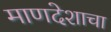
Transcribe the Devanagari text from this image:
माणदेशाचा